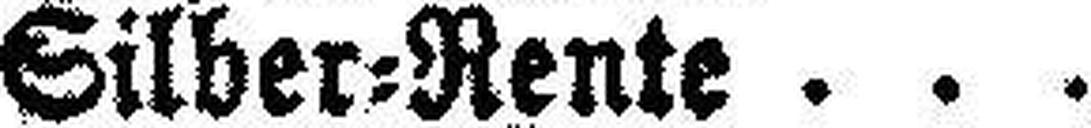
Silber=Rente